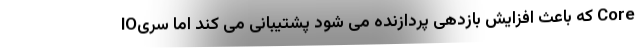
IOکه باعث افزایش بازدهی پردازنده می شود پشتیبانی می کند اما سری Core